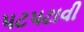
પટપટાવી